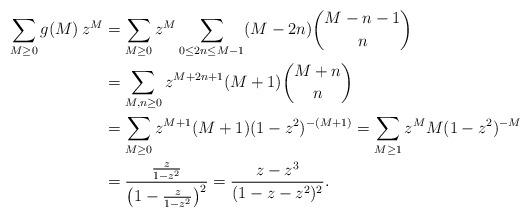
LaTeX: \begin{align*} \sum_{M\geq0}g(M)\,z^M&=\sum_{M\geq0}z^M\sum_{0\leq 2n\leq M-1}(M-2n)\binom{M-n-1}n \\&=\sum_{M,n\geq0}z^{M+2n+1}(M+1)\binom{M+n}n\\& =\sum_{M\geq0}{z^{M+1}(M+1)}{(1-z^2)^{-(M+1)}} =\sum_{M\geq1}{z^MM}{(1-z^2)^{-M}} \\&=\frac{\frac{z}{1-z^2}}{\left(1-\frac{z}{1-z^2}\right)^2}=\frac{z-z^3}{(1-z-z^2)^2}. \end{align*}